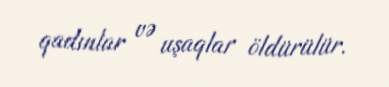
qadınlar və uşaqlar öldürülür.